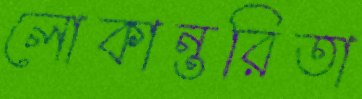
লোকান্তরিতা